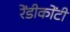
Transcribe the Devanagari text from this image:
रेंडीकोंटी